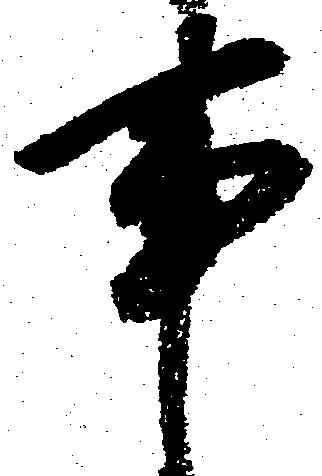
事